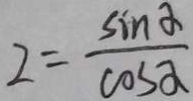
2 = \frac { \sin \alpha } { \cos \alpha }